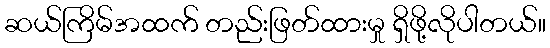
ဆယ်ကြိမ်အထက် တည်းဖြတ်ထားမှု ရှိဖို့လိုပါတယ်။